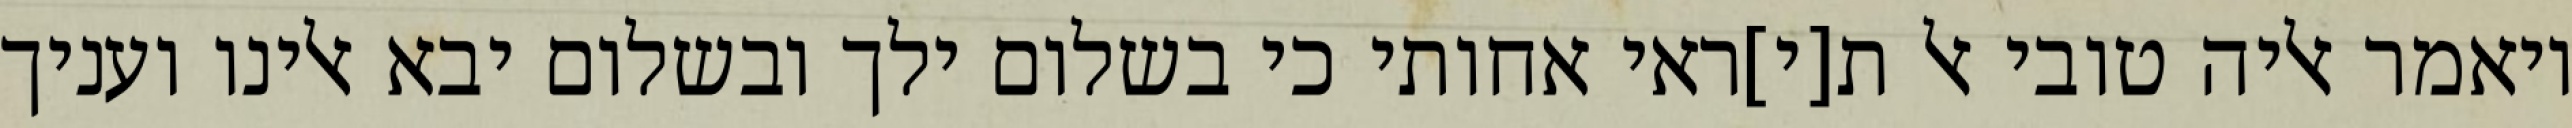
ויאמר אליה טובי אל ת[י]ראי אחותי כי בשלום ילך ובשלום יבא אלינו ועניך